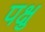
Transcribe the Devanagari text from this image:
पक्षु